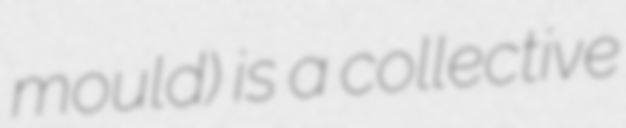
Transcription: mould) is a collective